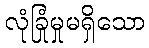
လုံခြုံမှုမရှိသော